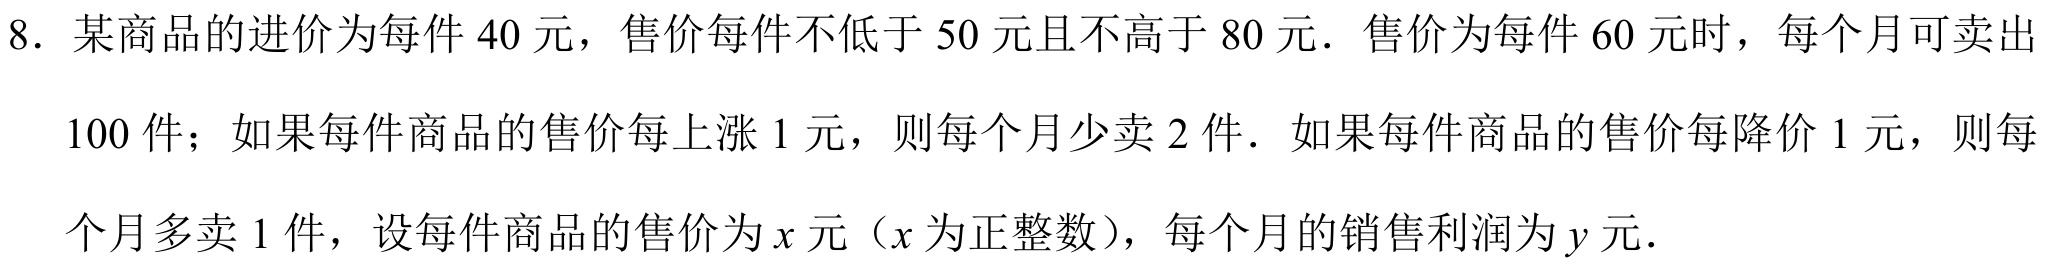
8. 某商品的进价为每件\(40\)元，售价每件不低于\(50\)元且不高于\(80\)元．售价为每件\(60\)元时，每个月可卖出\(100\)件；如果每件商品的售价每上涨\(1\)元，则每个月少卖\(2\)件．如果每件商品的售价每降价\(1\)元，则每个月多卖\(1\)件，设每件商品的售价为\(x\)元（\(x\)为正整数），每个月的销售利润为\(y\)元．